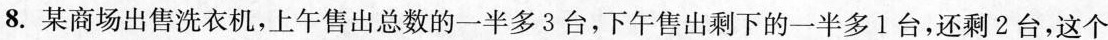
8.某商场出售洗衣机，上午售出总数的一半多3台，下午售出剩下的一半多1台，还剩2台，这个